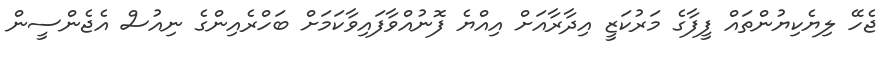
ޖެހޭ ލިޔެކިޔުންތައް ފީފާގެ މަރުކަޒީ އިދާރާއަށް އިއްޔެ ފޮނުއްވާފައިވާކަމަށް ބަހްރެއިންގެ ނިއުސް އެޖެންސީން